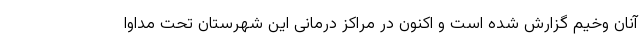
آنان وخیم گزارش شده است و اکنون در مراکز درمانی این شهرستان تحت مداوا